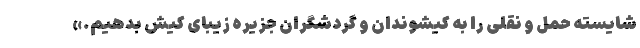
شایسته حمل و نقلی را به کیشوندان و گردشگران جزیره زیبای کیش بدهیم.»